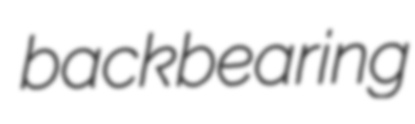
backbearing